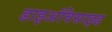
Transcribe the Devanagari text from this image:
डाइअंविसाइड